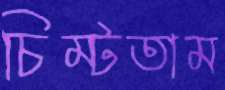
চিম্‌টতাম